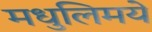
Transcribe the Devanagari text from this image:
मधुलिमये